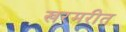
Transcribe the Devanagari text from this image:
खरमरीत